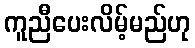
ကူညီပေးလိမ့်မည်ဟု